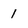
Character: 1